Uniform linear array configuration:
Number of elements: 24
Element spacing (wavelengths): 0.5
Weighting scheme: blackman
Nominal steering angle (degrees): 15
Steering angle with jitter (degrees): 16.715
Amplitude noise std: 0.05
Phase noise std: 0.05

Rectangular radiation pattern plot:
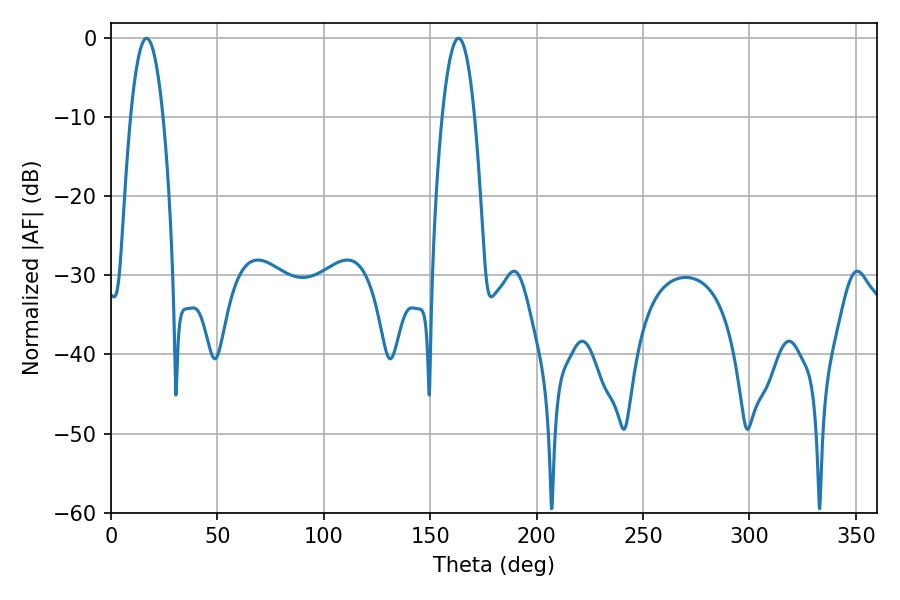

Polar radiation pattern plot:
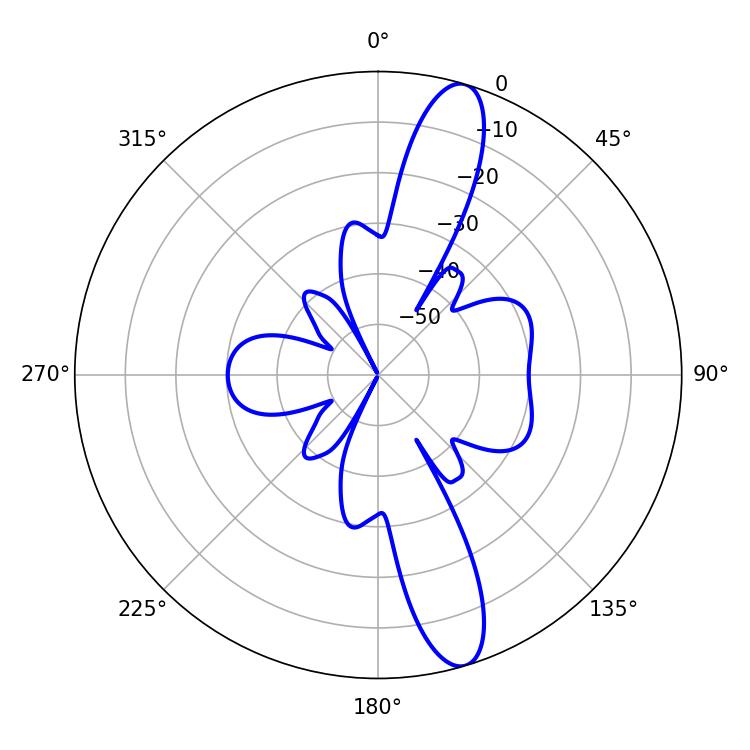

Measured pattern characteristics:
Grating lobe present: FALSE
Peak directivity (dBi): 13.394
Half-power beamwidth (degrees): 8.28
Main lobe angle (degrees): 16.74